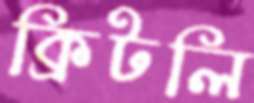
ক্রিটলি